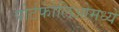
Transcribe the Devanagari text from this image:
पोर्टफोलिओमध्ये